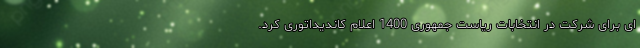
ای برای شرکت در انتخابات ریاست جمهوری 1400 اعلام کاندیداتوری کرد.